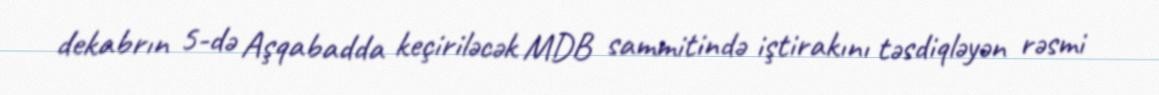
dekabrın 5-də Aşqabadda keçiriləcək MDB sammitində iştirakını təsdiqləyən rəsmi